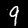
Label: 9